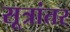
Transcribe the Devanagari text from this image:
सूत्रांतर